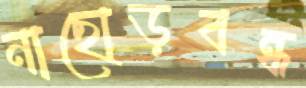
নাছোড়বন্ধ